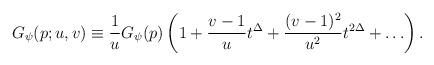
LaTeX: \begin{align*}G_{\psi}(p;u,v) \equiv \frac{1}{u} G_{\psi}(p)\left (1+\frac{v-1}{u}t^{\Delta}+\frac{(v-1)^2}{u^{2}}t^{2\Delta} +\ldots\right).\end{align*}